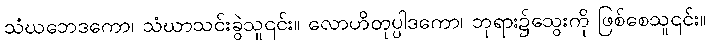
သံဃဘေဒကော၊ သံဃာသင်းခွဲသူ၎င်း။ လောဟိတုပ္ပါဒကော၊ ဘုရား၌သွေးကို ဖြစ်စေသူ၎င်း။